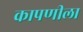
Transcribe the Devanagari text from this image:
कापणीला